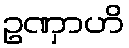
ဥဏှာဟိ